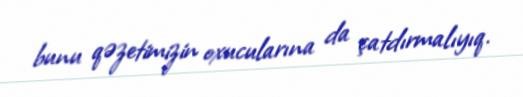
bunu qəzetimizin oxucularına da çatdırmalıyıq.